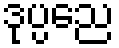
ဒုပ္ပညေ